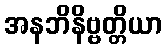
အနဘိနိဗ္ဗတ္တိယာ